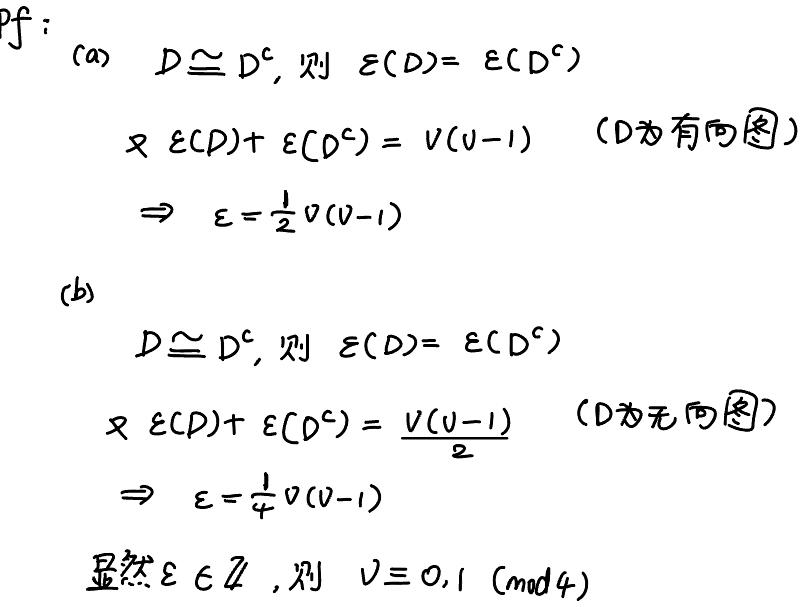
&pf:\\
\(&(a)\quad D\cong D^c, \)则\(  \varepsilon(D)=\varepsilon(D^c)\)\\
&\quad又\( \varepsilon(D)+\varepsilon(D^c)=V(V - 1)\quad(D \)为有向图)\\
\(&\quad\Rightarrow \varepsilon=\frac{1}{2}V(V - 1)\)\\
&(b)\\
\(&\quad D\cong D^c, \)则\(  \varepsilon(D)=\varepsilon(D^c)\)\\
&\quad又\( \varepsilon(D)+\varepsilon(D^c)=\frac{V(V - 1)}{2}\quad(D \)为无向图)\\
\(&\quad\Rightarrow \varepsilon=\frac{1}{4}V(V - 1)\)\\
&显然\( \varepsilon\in\mathbb{Z}, \)则\(  V\equiv0,1\ (mod 4)\)